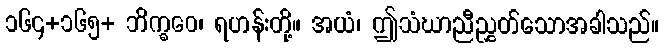
၁၆၄+၁၆၅+ ဘိက္ခဝေ၊ ရဟန်းတို့။ အယံ၊ ဤသံဃာညီညွှတ်သောအခါသည်။